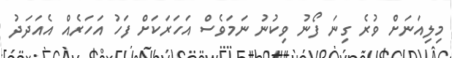
މިލިއަނަށް ވުރެ ގިނަ ފޯނު ވިކުނު ނަމަވެސް އަހަރަކަށް ފަހު އަހަރެއް އެއަދަދު